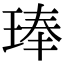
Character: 琫